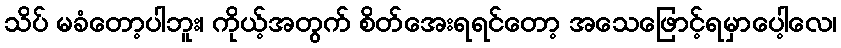
သိပ် မခံတော့ပါဘူး၊ ကိုယ့်အတွက် စိတ်အေးရရင်တော့ အသေဖြောင့်ရမှာပေါ့လေ၊